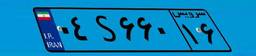
۰۴S۶۶۰۱۶